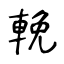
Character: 輓